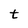
Character: t